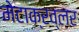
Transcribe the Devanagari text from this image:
मेटाक्रव्लर